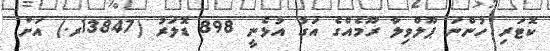
ކޮޓަރި ހުންނަ ޕޫލްވިލާ ރޫމެއްގެ އަގު އުޅެނީ 898 ޑޮލަރު (13847ރ.) އަށް